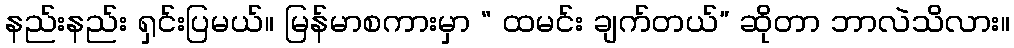
နည်းနည်း ရှင်းပြမယ်။ မြန်မာစကားမှာ “ ထမင်း ချက်တယ်” ဆိုတာ ဘာလဲသိလား။